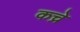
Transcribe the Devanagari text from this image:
कच्रे